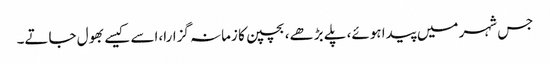
جس شہر میں پیدا ہوئے، پلے بڑھے، بچپن کا زمانہ گزارا،اسے کیسے بھول جاتے۔